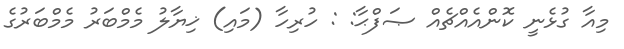
މިއާ ގުޅެނީ ކޮންއެއްޗެއް ޞަފްޙާ: : ހުރިހާ (މައި) ޚިޔާލު މެމްބަރު މެމްބަރުގެ